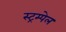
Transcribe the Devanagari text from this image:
स्ट्रम्पेल